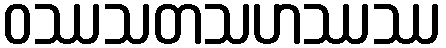
ဝဿသတသဟဿဿ